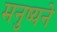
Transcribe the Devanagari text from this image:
मनुष्यने